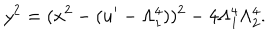
LaTeX: y ^ { 2 } = ( x ^ { 2 } - ( u ^ { \prime } - \Lambda _ { 1 } ^ { 4 } ) ) ^ { 2 } - 4 \Lambda _ { 1 } ^ { 4 } \Lambda _ { 2 } ^ { 4 } .